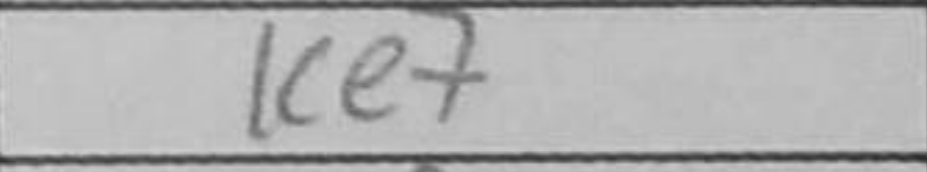
Transcription: Ke7